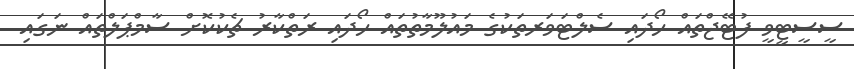
ސީސީޓީވީ ފުޓޭޖްތައް ހޯދައި ސެލްޓަވަރތަކުގެ މައުލޫމާތުތައް ހޯދައި ރަތްކާރު ޗެކުކޮށް ސާމްޕަލްތައް ނަގައި